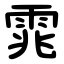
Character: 雿